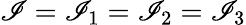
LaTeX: \mathscr{I}=\mathscr{I}_{1}=\mathscr{I}_{2}=\mathscr{I}_{3}